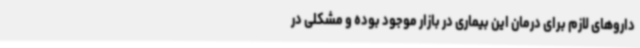
داروهای لازم برای درمان این بیماری در بازار موجود بوده و مشکلی در